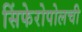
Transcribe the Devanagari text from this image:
सिंफेरोपोलची